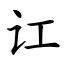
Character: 讧